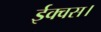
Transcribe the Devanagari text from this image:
ईक्वस।